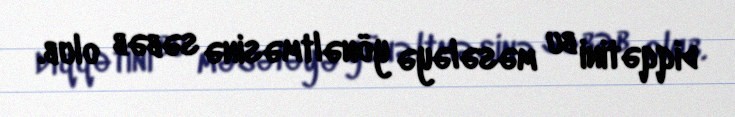
diqqətini bu məsələyə yönəltməsinə səbəb olub.